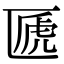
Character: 㔸